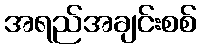
အရည်အချင်းစစ်